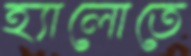
হ্যালোতে